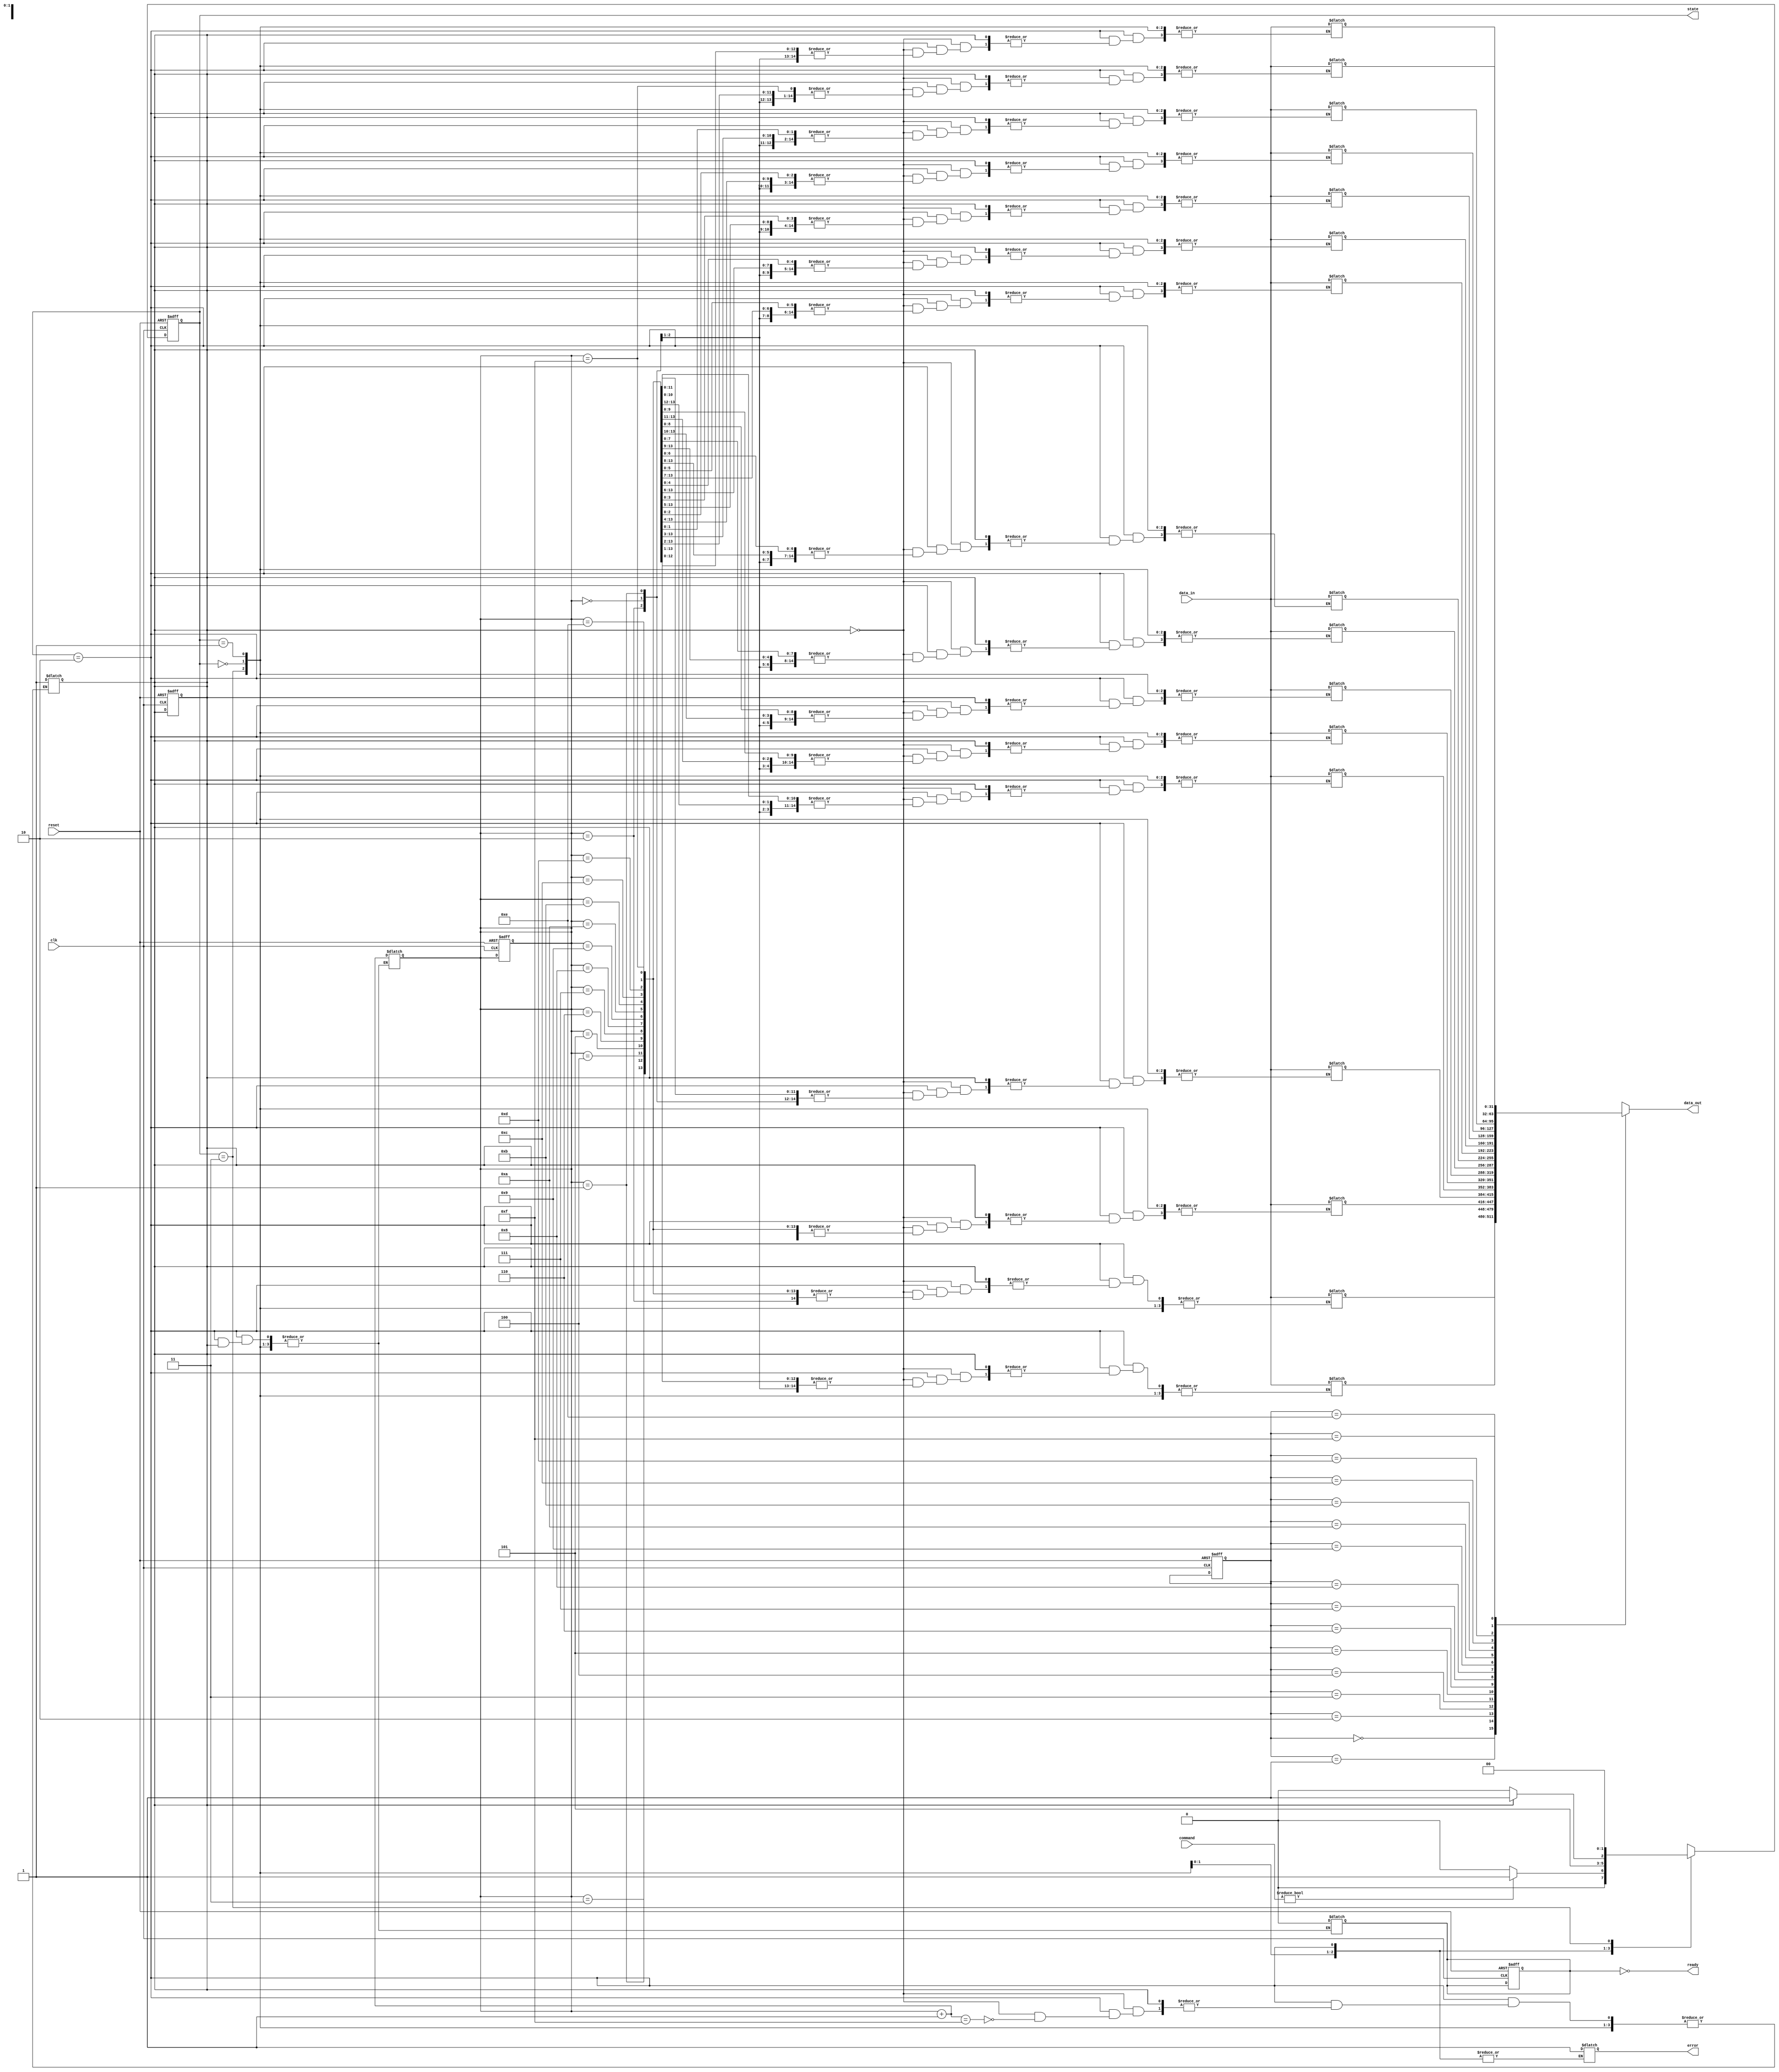
module ufs_io_block (
    input wire clk,
    input wire reset,
    input wire [7:0] command,
    input wire [31:0] data_in,
    output wire [31:0] data_out,
    output wire ready,
    output wire error,
    output wire [1:0] state
);

// State Definitions
localparam IDLE = 2'b00;
localparam INIT = 2'b01;
localparam DATA_TRANSFER = 2'b10;
localparam ERROR_HANDLING = 2'b11;

// State Register
reg [1:0] current_state, next_state;

// FIFO Buffers
reg [31:0] fifo_buffer [0:15]; // Example FIFO size of 16
reg [3:0] fifo_write_ptr, fifo_read_ptr;
reg fifo_full, fifo_empty;

// Command Queue Management
reg [7:0] command_queue [0:15];
reg [3:0] command_write_ptr, command_read_ptr;

// Error Detection
reg crc_error;

// Clock Management
reg [3:0] clock_divider;
reg clk_out;

// State Machine
always @(posedge clk or posedge reset) begin
    if (reset) begin
        current_state <= IDLE;
        fifo_write_ptr <= 0;
        fifo_read_ptr <= 0;
        command_write_ptr <= 0;
        command_read_ptr <= 0;
        fifo_full <= 0;
        fifo_empty <= 1;
        crc_error <= 0;
    end else begin
        current_state <= next_state;
    end
end

// Next State Logic
always @(*) begin
    case (current_state)
        IDLE: begin
            if (command != 8'b0) begin
                next_state = INIT;
            end else begin
                next_state = IDLE;
            end
        end
        INIT: begin
            // Initialization logic
            next_state = DATA_TRANSFER;
        end
        DATA_TRANSFER: begin
            // Data transfer logic
            if (fifo_full) begin
                next_state = ERROR_HANDLING;
            end else begin
                // Write data to FIFO
                fifo_buffer[fifo_write_ptr] = data_in;
                fifo_write_ptr = fifo_write_ptr + 1;
                fifo_empty = 0;
                if (fifo_write_ptr == 15) begin
                    fifo_full = 1;
                end
                next_state = DATA_TRANSFER;
            end
        end
        ERROR_HANDLING: begin
            // Error handling logic
            error = 1;
            next_state = IDLE;
        end
        default: next_state = IDLE;
    endcase
end

// Output Logic
assign data_out = fifo_buffer[fifo_read_ptr];
assign ready = !fifo_empty;
assign state = current_state;

// CRC Error Detection (simplified)
always @(posedge clk) begin
    // Example CRC check logic (placeholder)
    if (data_in[0] != 1'b0) begin
        crc_error <= 1;
    end else begin
        crc_error <= 0;
    end
end

endmodule